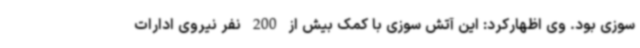
سوزی بود. وی اظهارکرد: این آتش سوزی با کمک بیش از 200 نفر نیروی ادارات